Report on sanitation, dispensaries, and jails in Rajputana for 1915, and on vaccination for the year 1915-1916 - 1915-1916
Year: 1915
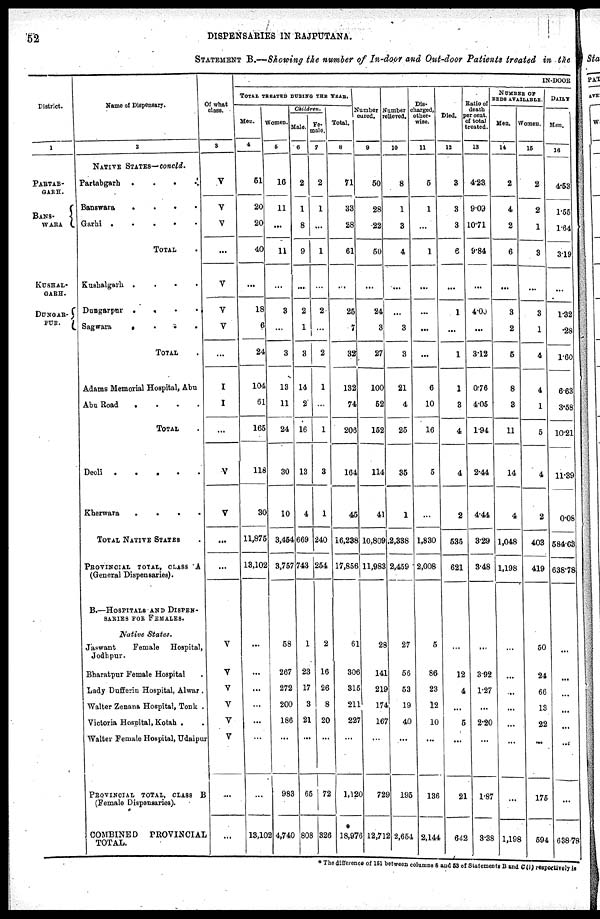
52
DISPENSARIES IN RAJPUTANA.
STATEMENT B.—Showing the number of In-door and Out-door Patients treated in the
District.
1
PARTAB-
GARH.
BANS-
WARA
KUSHAL-
GARH.
DUNGAR-
PUR.
Name of Dispensary.
2
NATIVE STATES—concld.
Partabgarh . . . .
Banswara
.
.
.
.
Garhi . . . . .
TOTAL .
Kushalgarh . . . . .
Dungarpur . . . . .
Sagwara . . . . . . .
TOTAL .
Adams Memorial Hospital, Abu
Abu Road
.
.
.
.
.
TOTAL .
Deoli
.
.
.
.
Kherwara
.
.
.
.
.
TOTAL NATIVE STATES
PROVINCIAL TOTAL, CLASS A
(General Dispensaries).
B.—HOSPITALS AND DISPEN-
SARIES FOR FEMALES.
Native States.
Jaswant
Female Hospital,
Jodhpur.
Bharatpur Female Hospital . .
Lady Dufferin Hospital, Alwar .
Walter Zenana Hospital, Tonk . .
Victoria Hospital, Kotah .
Walter Female Hospital, Udaipur
PROVINCIAL TOTAL, CLASS B
(Female Dispensaries).
COMBINED
PROVINCIAL
TOTAL.
Of what
class.
3
V
V
V
...
V
V
V
...
I
I
...
V
V
...
...
V
V
V
V
V
V
...
...
IN-DOOR
TOTAL TREATED DURING THE YEAR.
Men.
4
51
20
20
40
...
18
6
24
104
61
165
118
30
11,876
18,102
...
...
...
...
...
...
...
13,102
Women.
5
16
11
...
11
...
3
...
3
13
11
24
30
10
3,454
3,757
58
267
272
200
186
...
983
4,740
Children.
Male.
6
2
1
8
9
...
2
1
3
14
2
16
13
4
669
743
1
23
17
3
21
...
65
808
Fe-
male.
7
2
1
...
1
...
2
...
2
1
...
1
3
1
240
254
2
16
26
8
20
...
72
326
Total.
8
71
33
28
61
...
25
7
32
132
74
206
164
45
16,238
17,856
61
306
315
211
227
...
1,120
*
18,976
Number
cured.
9
50
28
22
50
...
24
3
27
100
52
152
114
41
10,809
11,983
28
141
219
174
167
...
729
12,712
Number
relieved.
10
8
1
8
4
...
...
3
3
21
4
25
35
1
2,338
2,459
27
56
53
19
40
...
195
2,654
Dis-
charged,
other-
wise.
11
5
1
...
1
...
...
...
...
6
10
16
5
...
1,830
2,008
5
86
23
12
10
...
136
2,144
Died.
12
3
3
3
6
...
1
...
1
1
3
4
4
2
535
621
...
12
4
...
5
...
21
642
Ratio of
death
per cent.
of total
treated.
13
4.23
9.09
10.71
9.84
...
4.00
...
3.12
0.76
4.05
1.94
2.44
4.44
3.29
3.48
...
3.92
1.27
...
2.20
.
1.87
3.38
NUMBER OF
BEDS AVAILABLE.
Men.
14
2
4
2
6
...
3
2
5
8
3
11
14
4
1,048
1,198
...
...
...
...
...
...
...
1,198
Women.
15
2
2
1
3
...
3
1
4
4
1
5
4
2
403
419
50
24
66
13
22
...
175
594
DAILY
Men.
16
4.53
1.55
1.64
3.19
...
1.32
.28
1.60
6.63
3.58
10.21
11.39
0.08
584.03
638.78
...
...
...
...
...
...
...
638.78